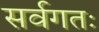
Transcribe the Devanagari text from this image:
सर्वगतः